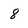
Character: 8